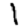
Digit: 1